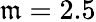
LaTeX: \mathfrak{m}=2.5